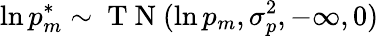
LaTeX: \ln p_{m}^{*}\sim\mathrm{~T~N~}(\ln p_{m},\sigma_{p}^{2},-\infty,0)